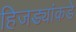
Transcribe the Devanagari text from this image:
हिजड्यांकडे